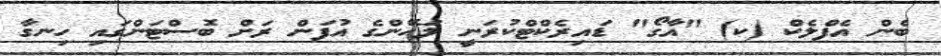
ބެން އެފްލެކް (ކ) "އާގޯ" ޑައިރެކްޓްކުރަނީ ލަހޭންގެ އުފަން ރަށް ބޮސްޓަންގައި ހިނގާ